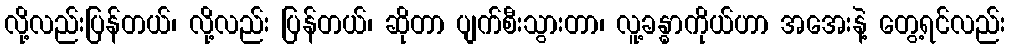
လို့လည်းပြန်တယ်၊ လို့လည်း ပြန်တယ်၊ ဆိုတာ ပျက်စီးသွားတာ၊ လူ့ခန္ဓာကိုယ်ဟာ အအေးနဲ့ တွေ့ရင်လည်း